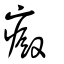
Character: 癜